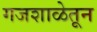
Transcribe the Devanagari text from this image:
गजशाळेतून